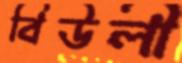
বিউলী